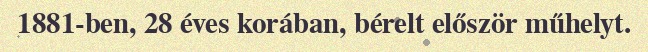
1881-ben, 28 éves korában, bérelt először műhelyt.